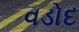
વડોદ